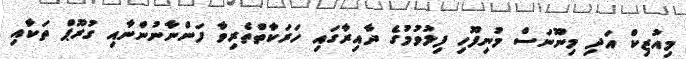
މިއުޒިކް އަދި މިނޫނަސް މުނިފޫހި ފިލުވުމުގެ ދާއިރާގައި ހަރަކާތްތެރިވާ ފަންނާނުންނާއި ގުރޫޕް ތަކާއި